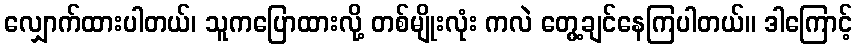
လျှောက်ထားပါတယ်၊ သူကပြောထားလို့ တစ်မျိုးလုံး ကလဲ တွေ့ချင်နေကြပါတယ်။ ဒါကြောင့်